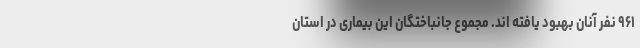
۹۶۱ نفر آنان بهبود یافته اند. مجموع جانباختگان این بیماری در استان